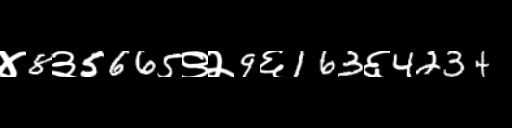
Text: ४8३5665९२9६163६4234